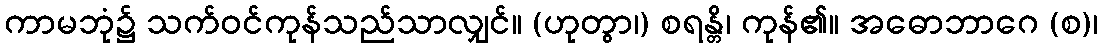
ကာမဘုံ၌ သက်ဝင်ကုန်သည်သာလျှင်။ (ဟုတွာ၊) စရန္တိ၊ ကုန်၏။ အဓောဘာဂေ (စ)၊